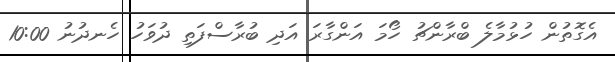
އެގޮތުން ހުޅުމާލެ ބްރާންޗު ހޯމަ އަންގާރަ އަދި ބުރާސްފަތި ދުވަހު ހެނދުނު 10:00